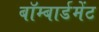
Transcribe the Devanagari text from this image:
बॉम्बार्डमेंट